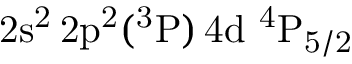
\mathrm { 2 s ^ { 2 } \, 2 p ^ { 2 } ( ^ { 3 } P ) \, 4 d ~ ^ { 4 } P _ { 5 / 2 } }